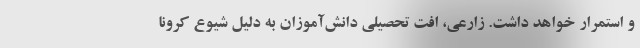
و استمرار خواهد داشت. زارعی، افت تحصیلی دانش‌آموزان به دلیل شیوع کرونا